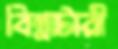
বিন্নাটারী